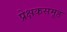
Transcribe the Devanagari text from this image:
प्रेक्षकसमूह